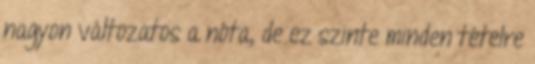
nagyon változatos a nóta, de ez szinte minden tételre